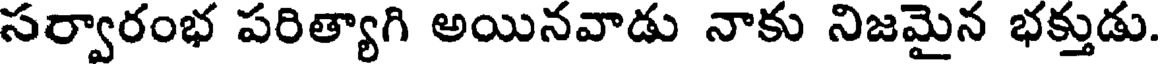
సర్వారంభ పరిత్యాగి అయినవాడు నాకు నిజమైన భక్తుడు.